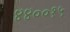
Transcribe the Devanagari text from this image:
४४००१५